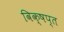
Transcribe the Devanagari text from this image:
विक्षप्त